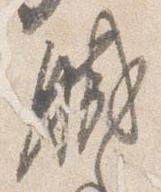
職